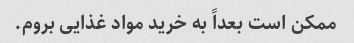
ممکن است بعداً به خرید مواد غذایی بروم.